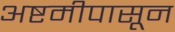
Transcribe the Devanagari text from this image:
अष्टमीपासून